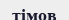
тімов